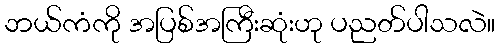
ဘယ်ကံကို အပြစ်အကြီးဆုံးဟု ပညတ်ပါသလဲ။